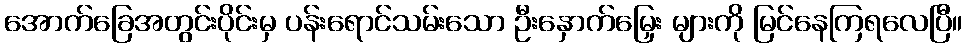
အောက်ခြေအတွင်းပိုင်းမှ ပန်းရောင်သမ်းသော ဦးနှောက်မြှေး များကို မြင်နေကြရလေပြီ။